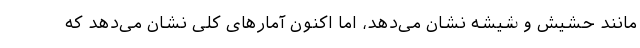
مانند حشیش و شیشه نشان می‌دهد، اما اکنون آمارهای کلی نشان می‌دهد که